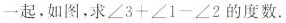
一起，如图，求$$∠3+∠1-∠2$$的度数.